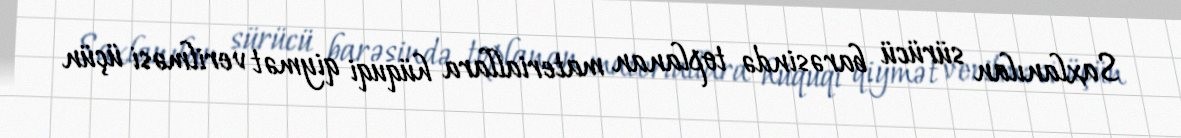
Saxlanılan sürücü barəsində toplanan materiallara hüquqi qiymət verilməsi üçün